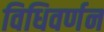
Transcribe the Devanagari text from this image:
विधिवर्णन